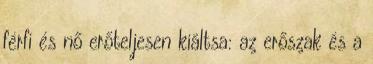
férfi és nő erőteljesen kiáltsa: az erőszak és a